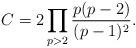
LaTeX: \begin{align*}C = 2 \prod_{p>2} \frac{p(p-2)}{(p-1)^{2}}.\end{align*}